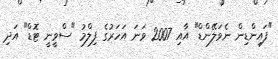
"ފައިންޑިން ނެވަލޭންޑް" އާއި 2007 ވަނަ އަހަރުގެ ފިލްމު "ސްވީނީ ޓޮޑް" އަދި